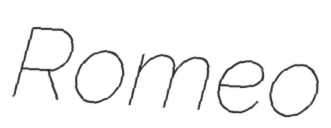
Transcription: Romeo